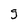
Character: g